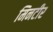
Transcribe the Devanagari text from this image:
मिनटीर